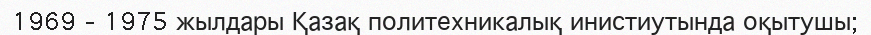
1969 – 1975 жылдары Қазақ политехникалық инистиутында оқытушы;